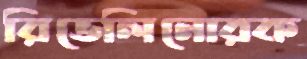
রিভেলিনোরক